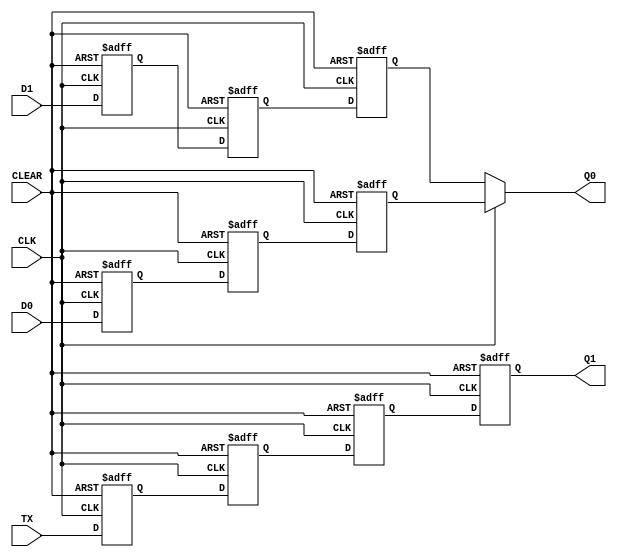
`ifdef verilator3
`else
`timescale 1 ps / 1 ps
`endif
//
// ODDRC primitive for Gowin FPGAs
// Compatible with Verilator tool (www.veripool.org)
// Copyright (c) 2022 Frdric REQUIN
// License : BSD
//

module ODDRC
#(
    parameter INIT      = 1'b0,
    parameter TXCLK_POL = 1'b0
)
(
    input  CLEAR,
    input  CLK,
    input  D0,
    input  D1,
    input  TX,
    output Q0,
    output Q1
);

    reg _r_D0_p1;
    reg _r_D1_p1;
    reg _r_TS_p1;

    reg _r_D0_p2;
    reg _r_D1_p2;
    reg _r_TS_p2;
    
    reg _r_D0_p2n;
    reg _r_TS_p2n;

    reg _r_D1_p3;
    reg _r_TS_p3;

    initial begin
        _r_D0_p1  = INIT;
        _r_D1_p1  = INIT;
        _r_TS_p1  = INIT;

        _r_D0_p2  = INIT;
        _r_D1_p2  = INIT;
        _r_TS_p2  = INIT;

        _r_D0_p2n = INIT;
        _r_TS_p2n = INIT;

        _r_D1_p3  = INIT;
        _r_TS_p3  = INIT;
    end

    always @(posedge CLEAR or posedge CLK) begin : POS_EDGE_P1
    
        if (CLEAR) begin
            _r_D0_p1 <= 1'b0;
            _r_D1_p1 <= 1'b0;
            _r_TS_p1 <= INIT;
        end
        else begin
            _r_D0_p1 <= D0;
            _r_D1_p1 <= D1;
            _r_TS_p1 <= TX;
        end
    end

    always @(posedge CLEAR or posedge CLK) begin : POS_EDGE_P2
    
        if (CLEAR) begin
            _r_D0_p2 <= 1'b0;
            _r_D1_p2 <= 1'b0;
            _r_TS_p2 <= INIT;
        end
        else begin
            _r_D0_p2 <= _r_D0_p1;
            _r_D1_p2 <= _r_D1_p1;
            _r_TS_p2 <= _r_TS_p1;
        end
    end

    always @(posedge CLEAR or negedge CLK) begin : NEG_EDGE_P2
    
        if (CLEAR) begin
            _r_D0_p2n <= 1'b0;
            _r_TS_p2n <= INIT;
        end
        else begin
            _r_D0_p2n <= _r_D0_p2;
            _r_TS_p2n <= _r_TS_p2;
        end
    end

    always @(posedge CLEAR or posedge CLK) begin : POS_EDGE_P3
    
        if (CLEAR) begin
            _r_D1_p3 <= 1'b0;
            _r_TS_p3 <= INIT;
        end
        else begin
            _r_D1_p3 <= _r_D1_p2;
            _r_TS_p3 <= _r_TS_p2n;
        end
    end

    assign Q0 = (CLK      ) ? _r_D0_p2n : _r_D1_p3;
    assign Q1 = (TXCLK_POL) ? _r_TS_p2n : _r_TS_p3;

endmodule